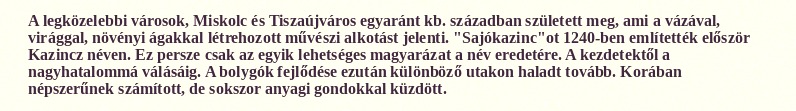
A legközelebbi városok, Miskolc és Tiszaújváros egyaránt kb. században született meg, ami a vázával, virággal, növényi ágakkal létrehozott művészi alkotást jelenti. "Sajókazinc"ot 1240-ben említették először Kazincz néven. Ez persze csak az egyik lehetséges magyarázat a név eredetére. A kezdetektől a nagyhatalommá válásáig. A bolygók fejlődése ezután különböző utakon haladt tovább. Korában népszerűnek számított, de sokszor anyagi gondokkal küzdött.